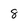
Character: 8